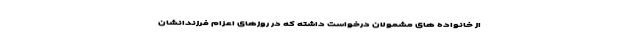
از خانواده های مشمولان درخواست داشته که در روزهای اعزام فرزندانشان